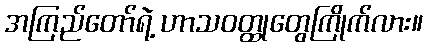
အကြည်တော်ရဲ့ ဟာသဝတ္ထုတွေကြိုက်လား။